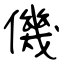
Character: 僟